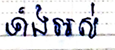
ទាំងអស់